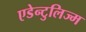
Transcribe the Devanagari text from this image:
एडेन्टुलिज्म